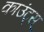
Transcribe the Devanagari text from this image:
काउंट्स्